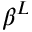
\beta ^ { L }